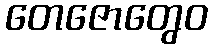
တေဇောတွေဝ